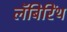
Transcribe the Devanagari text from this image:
लॅबिरिंथ